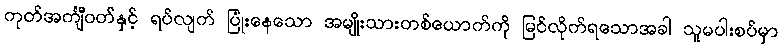
ကုတ်အင်္ကျီဝတ်နှင့် ရပ်လျက် ပြုံးနေသော အမျိုးသားတစ်ယောက်ကို မြင်လိုက်ရသောအခါ သူမပါးစပ်မှာ